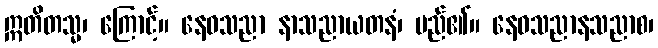
ဣတိတသ္မ၊ ကြောင့်။ နေဝသညာ နာသညာယတနံ၊ မည်၏။ နေဝသညာနသညာစ၊